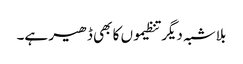
بلاشبہ دیگر تنظیموں کا بھی ڈھیر ہے۔